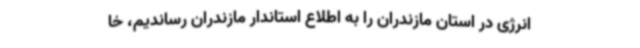
انرژی در استان مازندران را به اطلاع استاندار مازندران رساندیم، خا